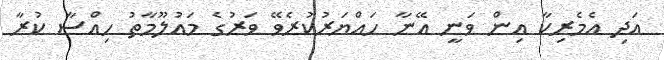
އަދި އެމެރިކާ އިން ވަނީ އޭނާ ހައްޔަރުކުރެވޭ ވަރުގެ މައުލޫމާތު ހިއްސާ ކުރާ